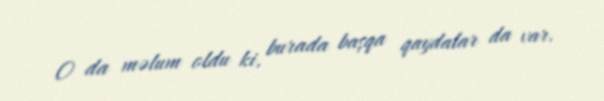
O da məlum oldu ki, burada başqa qaydalar da var.